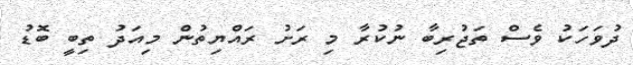
ދުވަހަކު ވެސް ތަޖުރިބާ ނުކުރާ މި ރަށު ރައްޔިތުން މިއަދު ތިބީ ބޮޑު